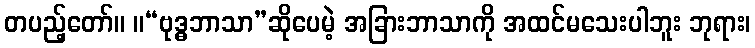
တပည့်တော်။ ။“ဗုဒ္ဓဘာသာ”ဆိုပေမဲ့ အခြားဘာသာကို အထင်မသေးပါဘူး ဘုရား၊